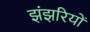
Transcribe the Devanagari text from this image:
झंझरियों